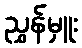
ညွှန်မှူး